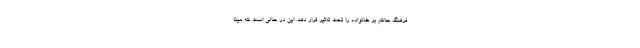
فرهنگ حاکم بر خانواده را تحت تاثیر قرار دهد. این در حالی است که مینا